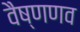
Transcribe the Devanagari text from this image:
वैष्णणव